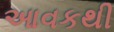
આવકથી